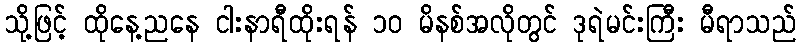
သို့ဖြင့် ထိုနေ့ညနေ ငါးနာရီထိုးရန် ၁၀ မိနစ်အလိုတွင် ဒုရဲမင်းကြီး မီရာသည်